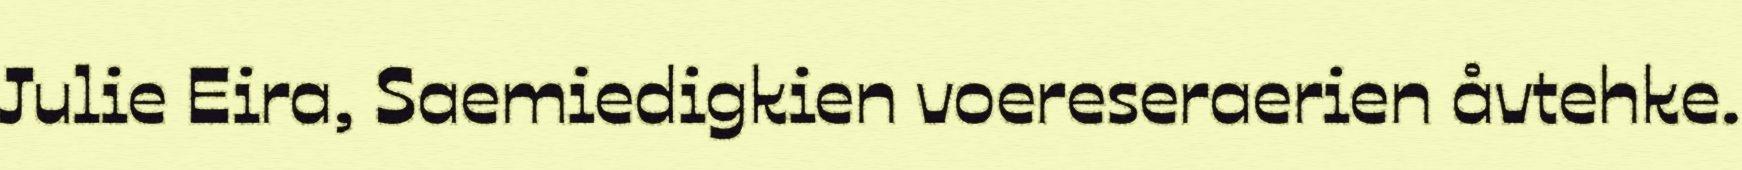
Julie Eira, Saemiedigkien voereseraerien åvtehke.